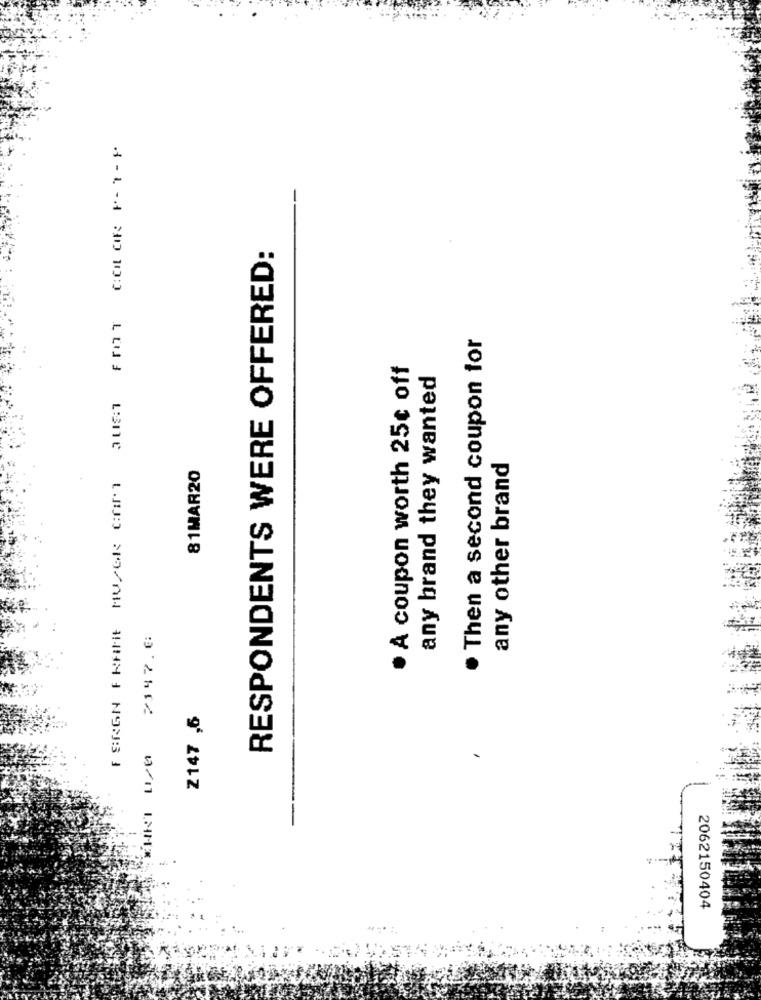
COL OR P- 1 - F
RESPONDENTS WERE OFFERED:
. Then a second coupon for
· A coupon worth 25¢ off
any brand they wanted
81MAR20
any other brand
F SKON FRAFRE MUPOR CONT
?347.0
Z147 ,6
11/4
2062150404